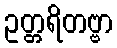
ဥတ္တရိတဗ္ဗာ